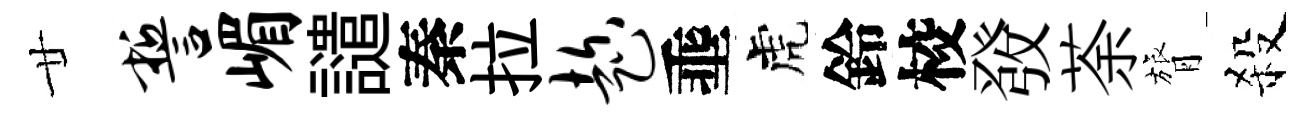
廿誓嵋譴秦拉趁埀虎鈴校𤼲荼膂殺